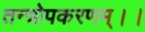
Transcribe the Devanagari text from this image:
तन्त्रोपकरणम्।।